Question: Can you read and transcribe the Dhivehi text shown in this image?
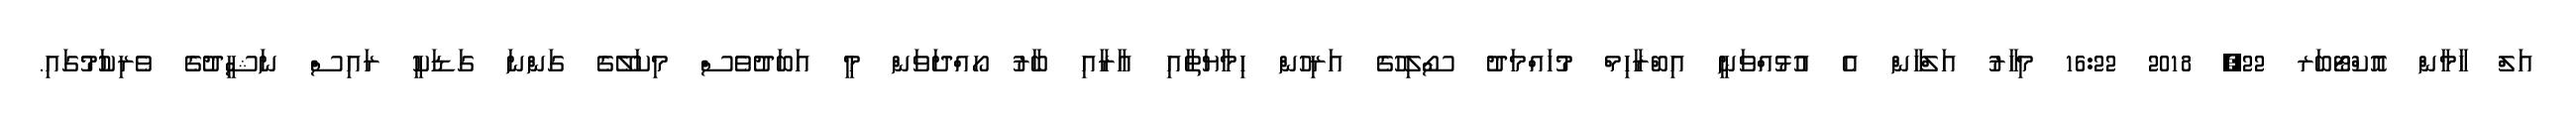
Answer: އަލް ހާމާން އޮކްޓޯބަރ 22, 2018 16:22 މިހާރު އަލްހާން އެ އުޅުއްވަނީ އިބްރާހިމް މުހައްމަދު ސޯލިހުގެ އަރިހުން ހިމާޔަތާއި އާރާއި ބާރު ހޯއްދަވަން މީ އަބަދުވެސް މިކަލޭގެ ގަންނަ ގަޑަކީ ރައިސް ނަޝީދުގެ ވެރިކަުމުގައި.